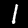
Label: 1